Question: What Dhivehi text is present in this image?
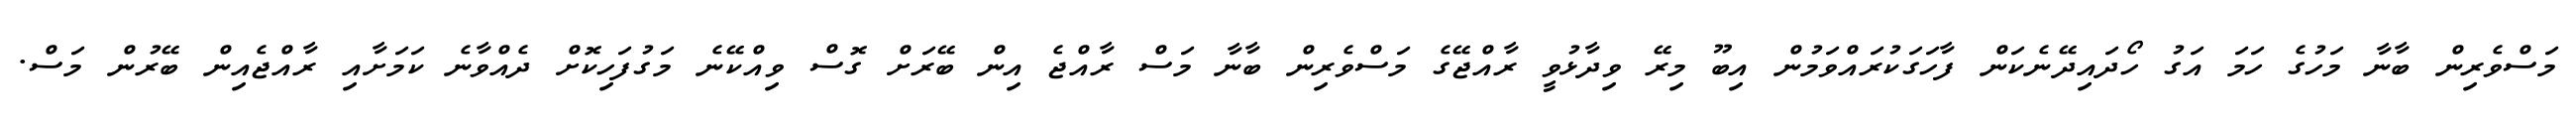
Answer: މަސްވެރިން ބާނާ މަހުގެ ހަމަ އަގު ހޯދައިދޭނެކަން ފާހަގަކުރައްވަމުން އިބޫ މިރޭ ވިދާޅުވީ ރާއްޖޭގެ މަސްވެރިން ބާނާ މަސް ރާއްޖެ އިން ބޭރަށް ގޮސް ވިއްކޭނެ މަގުފަހިކޮށް ދެއްވާނެ ކަމަށާއި ރާއްޖެއިން ބޭރުން މަސް.